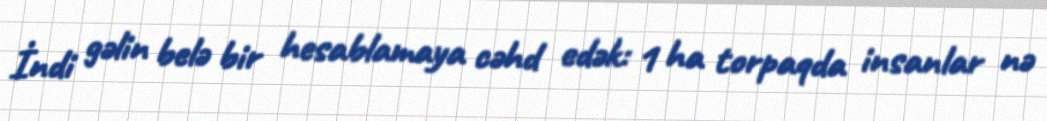
İndi gəlin belə bir hesablamaya cəhd edək: 1 ha torpaqda insanlar nə